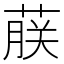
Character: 𬝤